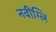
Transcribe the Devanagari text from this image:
नवीग्लि